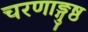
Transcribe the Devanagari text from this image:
चरणाङ्गुष्ठ